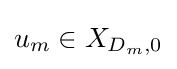
u_{m}\in X_{D_{m},0}